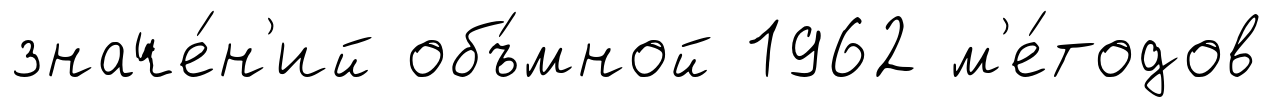
значе́н'ий объ́мной 1962 м'е́тодов